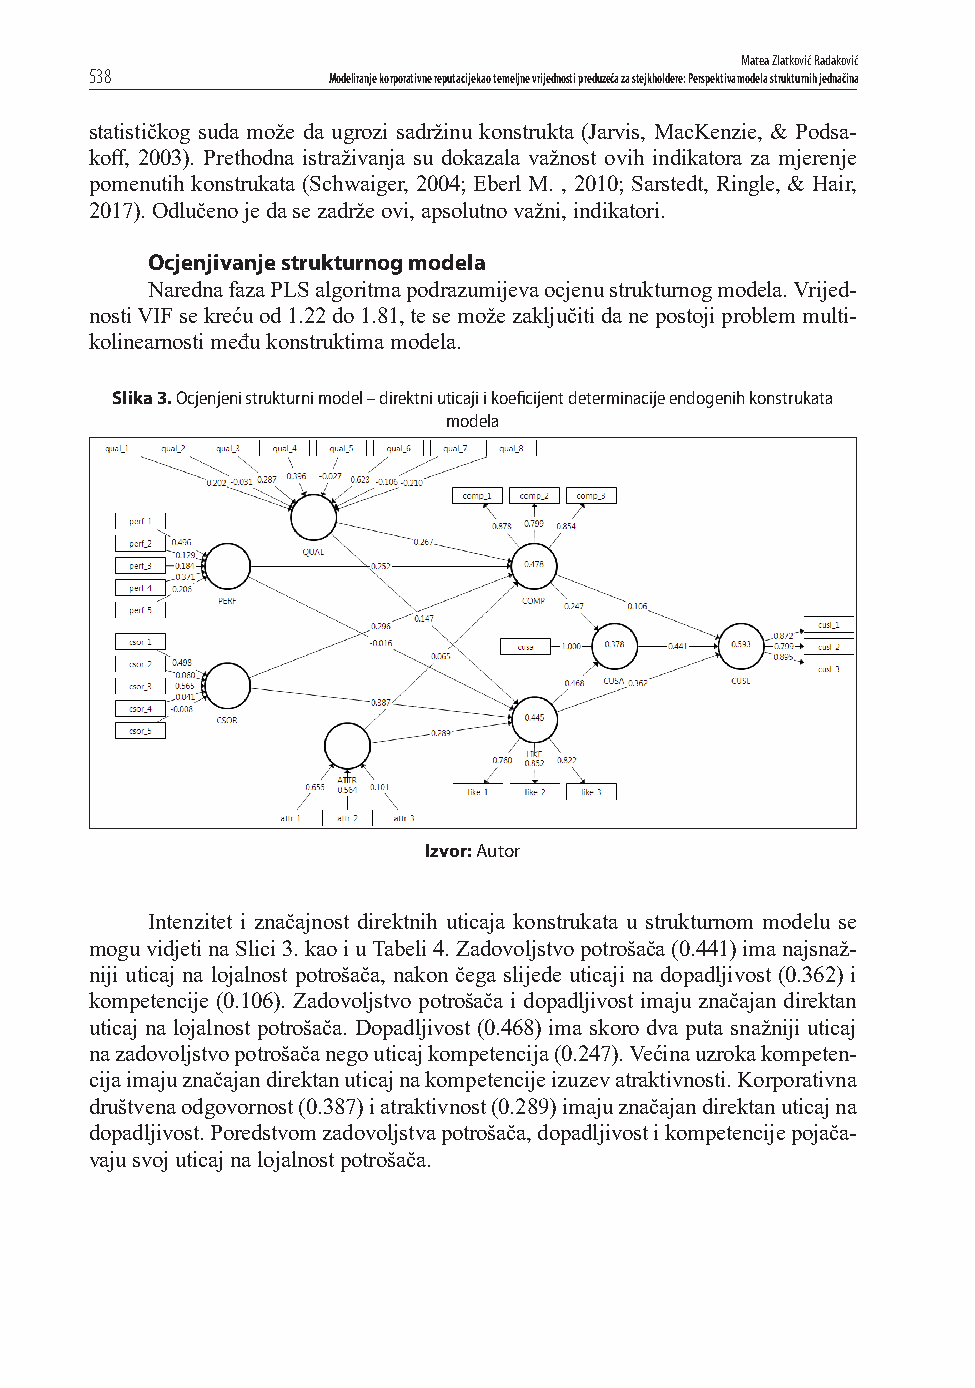
Matea Zlatković Radaković
 538             Modeliranje korporativne reputacije kao temeljne vrijednosti preduzeća za stejkholdere: Perspektiva modela strukturnih jednačina
 statističkog suda može da ugrozi sadržinu konstrukta (Jarvis, MacKenzie, & Podsa-
 koff , 2003). Prethodna istraživanja su dokazala važnost ovih indikatora za mjerenje
 pomenutih konstrukata (Schwaiger, 2004; Eberl M. , 2010; Sarstedt, Ringle, & Hair,
 2017). Odlučeno je da se zadrže ovi, apsolutno važni, indikatori.
 Ocjenjivanje strukturnog modela
 Naredna faza PLS algoritma podrazumijeva ocjenu strukturnog modela. Vrijed-
 nosti VIF se kreću od 1.22 do 1.81, te se može zaključiti da ne postoji problem multi-
 kolinearnosti među konstruktima modela.
 Slika 3. Ocjenjeni strukturni model – direktni uticaji i koefi cijent determinacije endogenih konstrukata
 modela
 Izvor: Autor
 Intenzitet i značajnost direktnih uticaja konstrukata u strukturnom modelu se
 mogu vidjeti na Slici 3. kao i u Tabeli 4. Zadovoljstvo potrošača (0.441) ima najsnaž-
 niji uticaj na lojalnost potrošača, nakon čega slijede uticaji na dopadljivost (0.362) i
 kompetencije (0.106). Zadovoljstvo potrošača i dopadljivost imaju značajan direktan
 uticaj na lojalnost potrošača. Dopadljivost (0.468) ima skoro dva puta snažniji uticaj
 na zadovoljstvo potrošača nego uticaj kompetencija (0.247). Većina uzroka kompeten-
 cija imaju značajan direktan uticaj na kompetencije izuzev atraktivnosti. Korporativna
 društvena odgovornost (0.387) i atraktivnost (0.289) imaju značajan direktan uticaj na
 dopadljivost. Poredstvom zadovoljstva potrošača, dopadljivost i kompetencije pojača-
 vaju svoj uticaj na lojalnost potrošača.